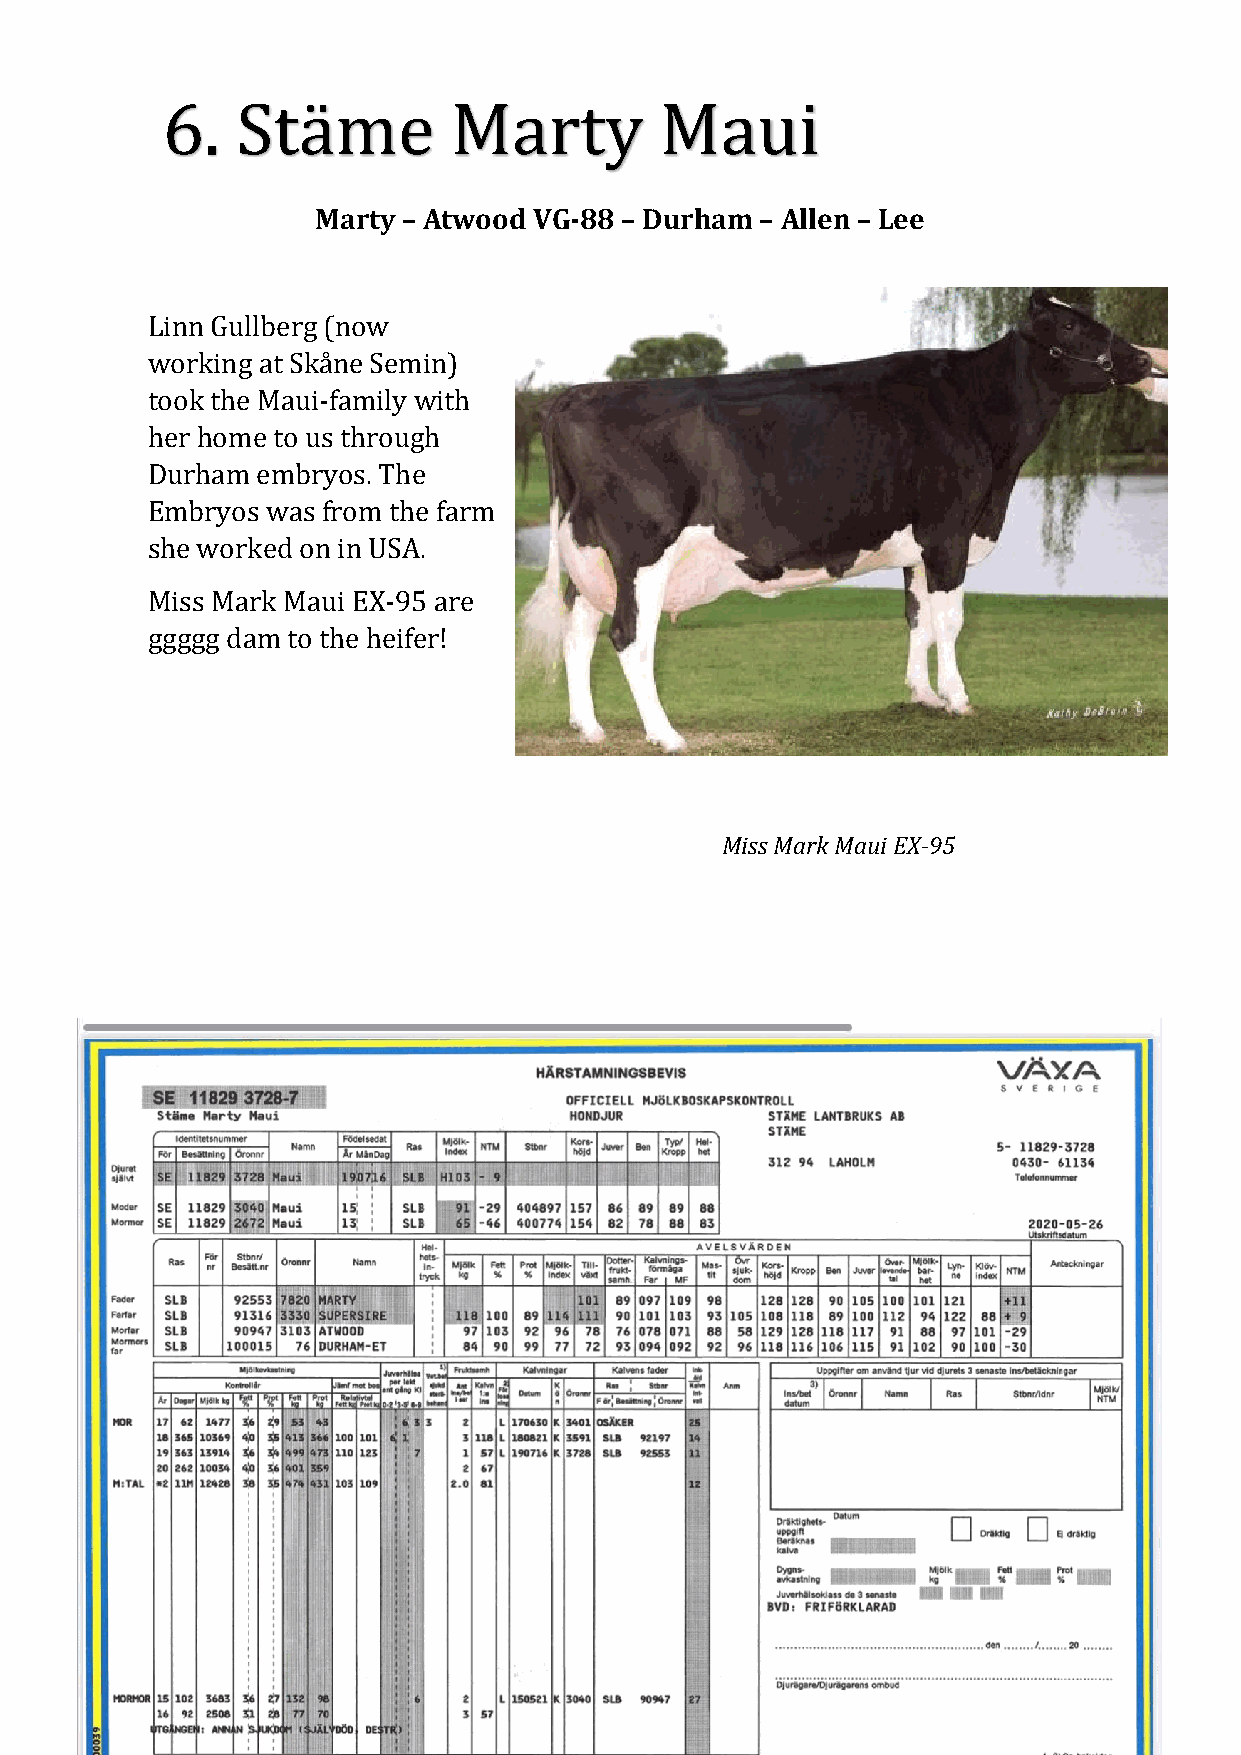
6.   Stäme         Marty         Maui
 Marty – Atwood VG-88 – Durham – Allen – Lee
 Linn Gullberg (now
 working at Skåne Semin)
 took the Maui-family with
 her home to us through
 Durham embryos. The
 Embryos was from the farm
 she worked on in USA.
 Miss Mark Maui EX-95 are
 ggggg dam to the heifer!
 Miss Mark Maui EX-95